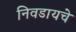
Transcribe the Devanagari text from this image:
निवडायचे